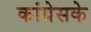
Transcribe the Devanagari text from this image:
कांग्रेसके